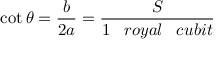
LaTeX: \cot { \theta } = { \frac { b } { 2 a } } = { \frac { S } { 1 \; \; \; r o y a l \; \; \; c u b i t } }